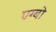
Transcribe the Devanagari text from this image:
एग्बो